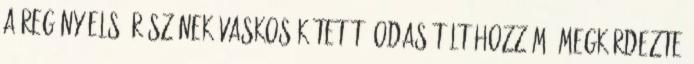
a regény első részének vaskos kötetét, odasétált hozzám, megkérdezte